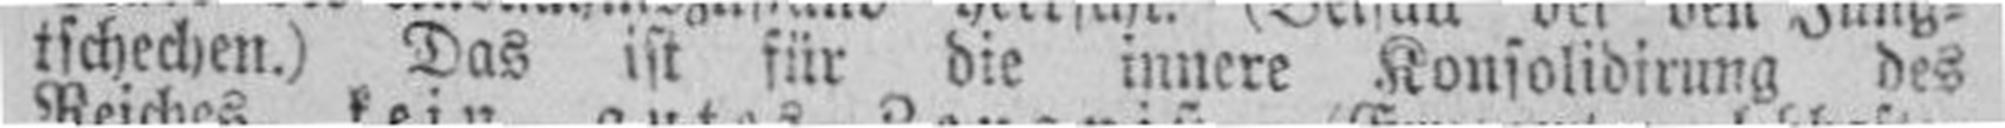
tschechen.) Das ist für die innere Konsolidirung des